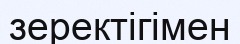
зеректігімен